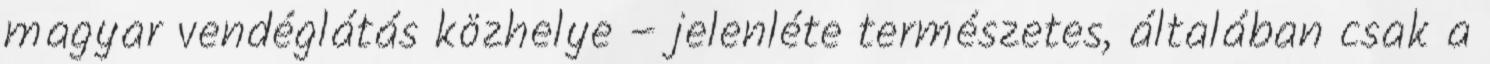
magyar vendéglátás közhelye – jelenléte természetes, általában csak a